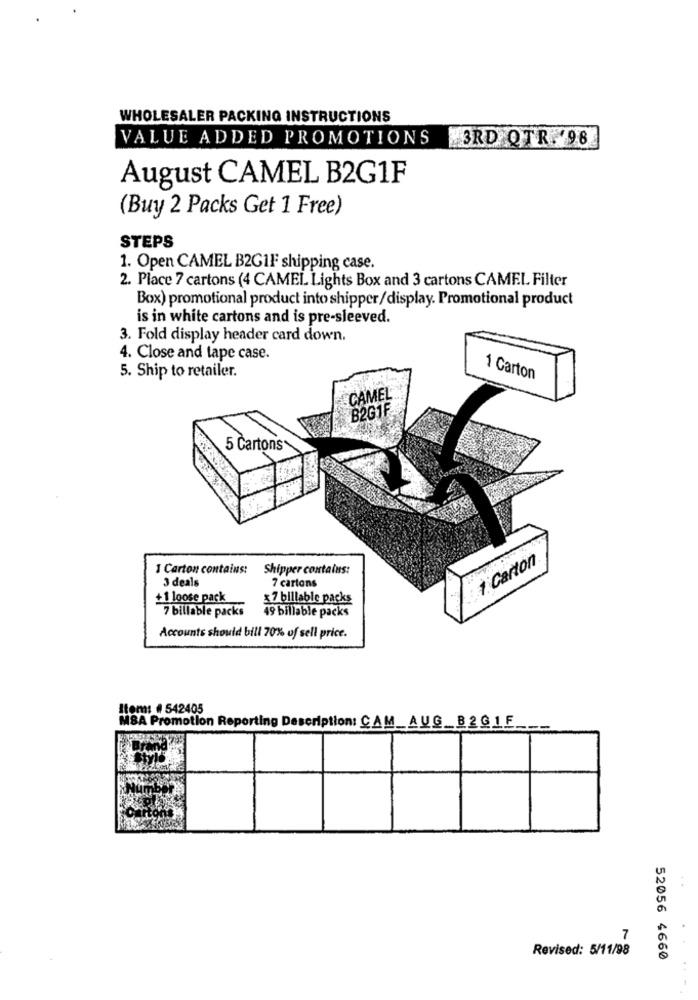
WHOLESALER PACKING INSTRUCTIONS
VALUE ADDED PROMOTIONS
3RD QTR. 98
August CAMEL B2G1F
(Buy 2 Packs Get 1 Free)
STEPS
1. Open CAMEL B2GIF shipping case.
2. Place 7 cartons (4 CAMEL Lights Box and 3 cartons CAMEL Filter
Box) promotional product into shipper/display. Promotional product
is in white cartons and is pre-sleeved.
3. Fold display header card down.
4. Close and tape case.
5. Ship to retailer.
1 Carton
CAMEL
B2G1F
5 Cartons
1 Carton
1 Carton contains:
Shipper contains:
3 deals
7 cartons
+1 loose pack
x7 billable packs
49 billable packs
7 billable packs
Accounts should bill 70% of sell price.
Item: # 542405
MBA Promotion Reporting Description: CAM_AUG_B2GIF
7
Revised: 5/11/98
52056 4660